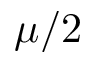
\mu / 2